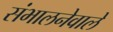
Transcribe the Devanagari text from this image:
संभालनेवाले